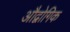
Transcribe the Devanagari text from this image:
औद्वोगिक